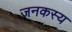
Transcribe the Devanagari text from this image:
जनकस्य